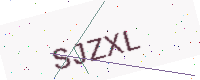
Text: SJZXL